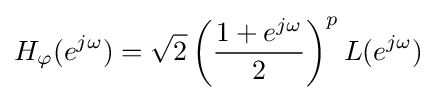
H_{\varphi }(e^{j\omega })={\sqrt {2}}\left({\frac {1+e^{j\omega }}{2}}\right)^{p}L(e^{j\omega })